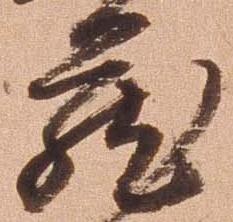
蔵